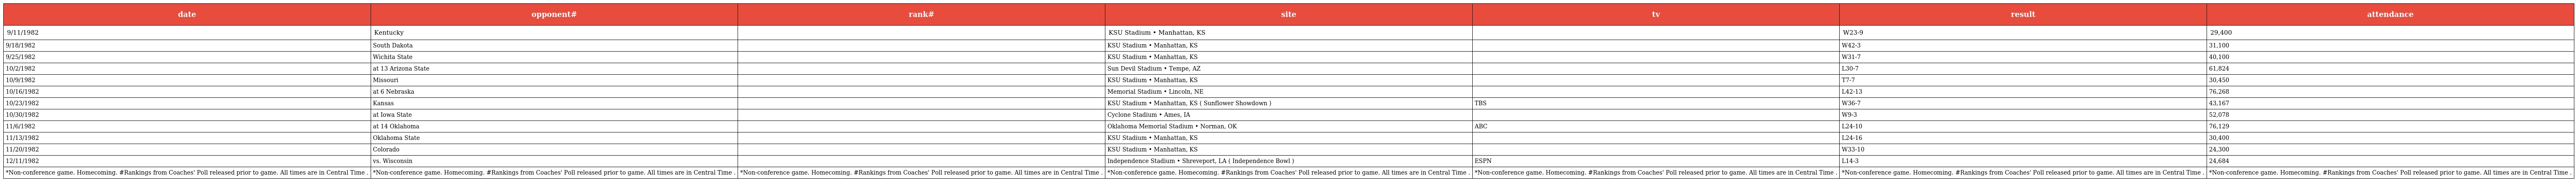
| date | opponent# | rank# | site | tv | result | attendance |
 | --- | --- | --- | --- | --- | --- | --- |
 | 9/11/1982 | Kentucky |  | KSU Stadium • Manhattan, KS |  | W23-9 | 29,400 |
 | 9/18/1982 | South Dakota |  | KSU Stadium • Manhattan, KS |  | W42-3 | 31,100 |
 | 9/25/1982 | Wichita State |  | KSU Stadium • Manhattan, KS |  | W31-7 | 40,100 |
 | 10/2/1982 | at 13 Arizona State |  | Sun Devil Stadium • Tempe, AZ |  | L30-7 | 61,824 |
 | 10/9/1982 | Missouri |  | KSU Stadium • Manhattan, KS |  | T7-7 | 30,450 |
 | 10/16/1982 | at 6 Nebraska |  | Memorial Stadium • Lincoln, NE |  | L42-13 | 76,268 |
 | 10/23/1982 | Kansas |  | KSU Stadium • Manhattan, KS ( Sunflower Showdown ) | TBS | W36-7 | 43,167 |
 | 10/30/1982 | at Iowa State |  | Cyclone Stadium • Ames, IA |  | W9-3 | 52,078 |
 | 11/6/1982 | at 14 Oklahoma |  | Oklahoma Memorial Stadium • Norman, OK | ABC | L24-10 | 76,129 |
 | 11/13/1982 | Oklahoma State |  | KSU Stadium • Manhattan, KS |  | L24-16 | 30,400 |
 | 11/20/1982 | Colorado |  | KSU Stadium • Manhattan, KS |  | W33-10 | 24,300 |
 | 12/11/1982 | vs. Wisconsin |  | Independence Stadium • Shreveport, LA ( Independence Bowl ) | ESPN | L14-3 | 24,684 |
 | *Non-conference game. Homecoming. #Rankings from Coaches' Poll released prior to game. All times are in Central Time . | *Non-conference game. Homecoming. #Rankings from Coaches' Poll released prior to game. All times are in Central Time . | *Non-conference game. Homecoming. #Rankings from Coaches' Poll released prior to game. All times are in Central Time . | *Non-conference game. Homecoming. #Rankings from Coaches' Poll released prior to game. All times are in Central Time . | *Non-conference game. Homecoming. #Rankings from Coaches' Poll released prior to game. All times are in Central Time . | *Non-conference game. Homecoming. #Rankings from Coaches' Poll released prior to game. All times are in Central Time . | *Non-conference game. Homecoming. #Rankings from Coaches' Poll released prior to game. All times are in Central Time . |